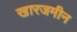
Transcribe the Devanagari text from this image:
खारजमीन